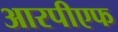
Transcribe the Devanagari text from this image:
आरपीएफ